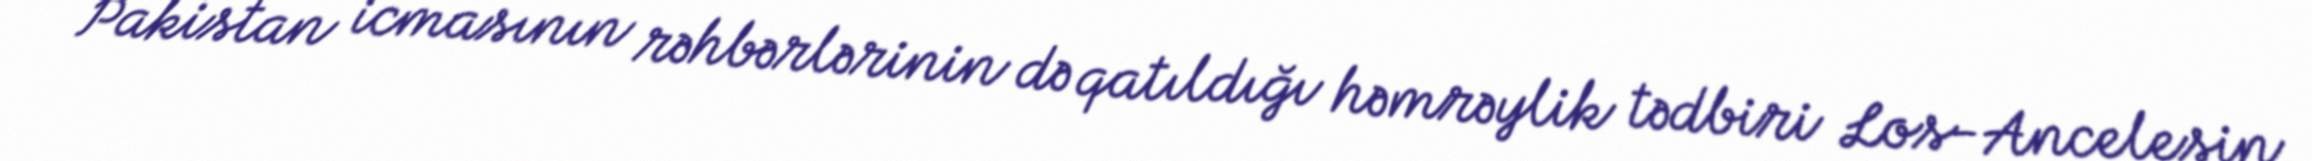
Pakistan icmasının rəhbərlərinin də qatıldığı həmrəylik tədbiri Los-Ancelesin